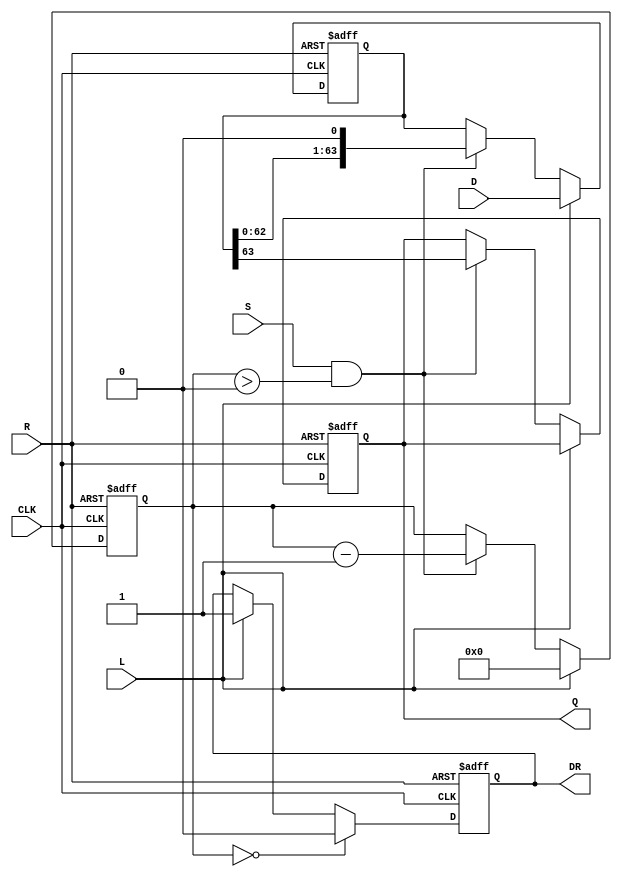
module PISO (
    input wire [63:0] D,      // Parallel data input
    input wire L,             // Load signal
    input wire CLK,           // Clock signal
    input wire S,             // Shift signal
    input wire R,             // Reset signal
    output reg Q,             // Serial output
    output reg DR             // Data ready signal (optional)
);

    reg [63:0] SR;            // Shift register
    reg [5:0] count;          // Bit counter for shifting

    // Asynchronous reset
    always @(posedge CLK or posedge R) begin
        if (R) begin
            SR <= 64'b0;      // Clear shift register
            count <= 6'b0;    // Reset counter
            Q <= 1'b0;        // Clear serial output
            DR <= 1'b0;       // Clear Data Ready signal
        end else begin
            if (L) begin
                SR <= D;      // Load data into shift register
                count <= 6'd64; // Set counter to indicate all data is loaded
                DR <= 1'b1;   // Indicate data is ready
            end else if (S && count > 0) begin
                Q <= SR[63];  // Output the MSB (most significant bit)
                SR <= SR << 1; // Shift register right
                count <= count - 1; // Decrement count
            end

            // Data ready logic after shifting
            if (count == 0) begin
                DR <= 1'b0; // Clear Data Ready signal when shifting is done
            end
        end
    end

endmodule